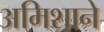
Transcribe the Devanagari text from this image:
अमिशाने